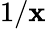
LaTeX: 1/\mathbf{x}